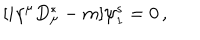
[ i \gamma ^ { \mu } D _ { \mu } ^ { \ast } - m ] \psi _ { 1 } ^ { s } = 0 \, , \,